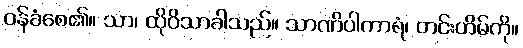
ဝန်ခံစေ၏။ သာ၊ ထိုဝိသာခါသည်။ သာဏိပါကာရံ၊ တင်းတိမ်ကို။